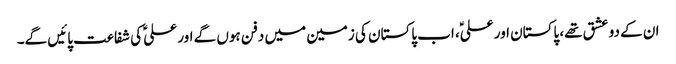
ان کے دو عشق تھے، پاکستان اور علیؑ، اب پاکستان کی زمین میں دفن ہوں گے اور علیؑ کی شفاعت پائیں گے۔